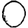
Digit: 0